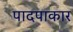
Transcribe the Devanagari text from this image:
पादपाकार